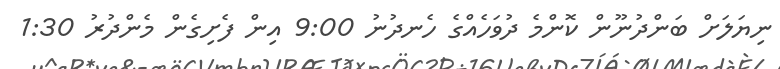
ނިޔަލަށް ބަންދުނޫން ކޮންމެ ދުވަހެއްގެ ހެނދުނު 9:00 އިން ފެށިގެން މެންދުރު 1:30